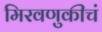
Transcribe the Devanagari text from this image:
मिरवणुकीचं